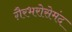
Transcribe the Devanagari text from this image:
ग़ैरभरोसेमंद